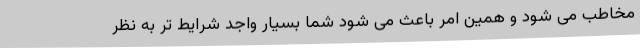
مخاطب می شود و همین امر باعث می شود شما بسیار واجد شرایط تر به نظر